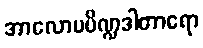
အာလောပပိဏ္ဍဒါတာရော